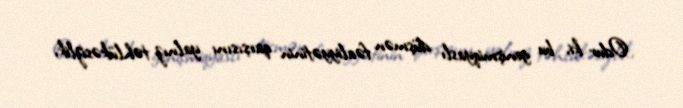
Odur ki, bu genişmiqyaslı düşmən fəaliyyətinin qarşısını yalnız təhlükəsizlik,